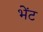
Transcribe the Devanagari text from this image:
भेेंट